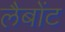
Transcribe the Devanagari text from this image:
लैबोंट